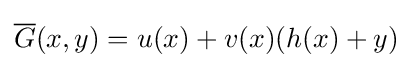
{\overline {G}}(x,y)=u(x)+v(x)(h(x)+y)